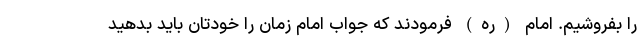
را بفروشیم. امام (ره) فرمودند که جواب امام زمان را خودتان باید بدهید